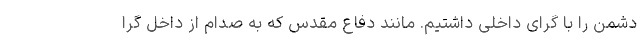
دشمن را با گرای داخلی داشتیم. مانند دفاع مقدس که به صدام از داخل گرا